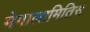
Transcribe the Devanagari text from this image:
मेगालामितिस